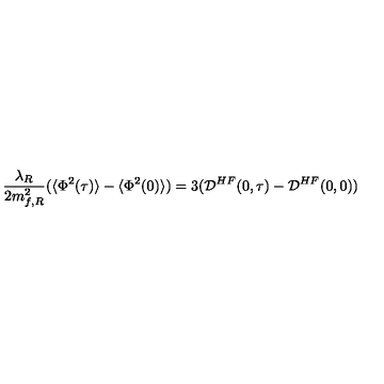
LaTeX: \frac { \lambda _ { R } } { 2 m _ { f , R } ^ { 2 } } ( \langle \Phi ^ { 2 } ( \tau ) \rangle - \langle \Phi ^ { 2 } ( 0 ) \rangle ) = 3 ( { \cal { D } } ^ { H F } ( 0 , \tau ) - { \cal { D } } ^ { H F } ( 0 , 0 ) )